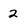
Character: 2